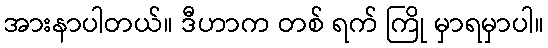
အားနာပါတယ်။ ဒီဟာက တစ် ရက် ကြို မှာရမှာပါ။